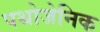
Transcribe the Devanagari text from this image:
पथोजेनिक